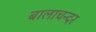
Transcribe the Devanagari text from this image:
बालाचन्दर